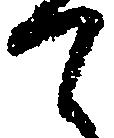
て